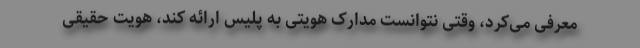
معرفی می‌کرد، وقتی نتوانست مدارک هویتی به پلیس ارائه کند، هویت حقیقی